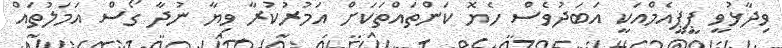
ވިދާޅުވީ ޕީޕީއެމްއަކީ އަބަދުވެސް ހެޔޮ ކަންތައްތަކަށް އަމުރުކުރާ ވިޔާ ނުދާ ގޯސް އަމަލުތައް